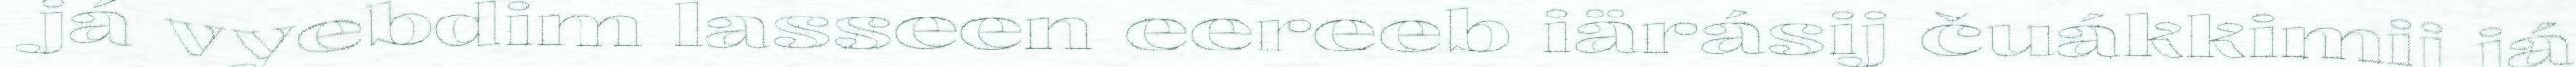
já vyebdim lasseen eereeb iärásij čuákkimij já